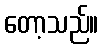
တော့သည်။